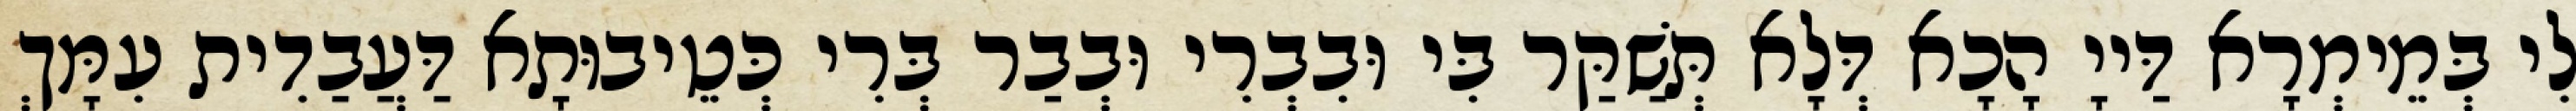
לִי בְּמֵימְרָא דַּייָ הָכָא דְּלָא תְּשַׁקַּר בִּי וּבִבְרִי וּבְבַר בְּרִי כְּטֵיבוּתָא דַּעֲבַדִית עִמָּךְ